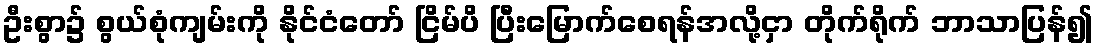
ဦးစွာ၌ စွယ်စုံကျမ်းကို နိုင်ငံတော် ငြိမ်ပိ ပြီးမြောက်စေရန်အလို့ငှာ တိုက်ရိုက် ဘာသာပြန်၍